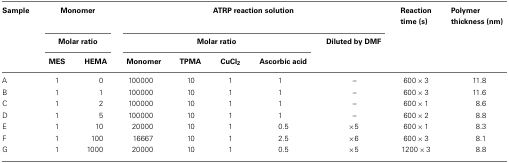
<table><thead><tr><td><b>Sample</b></td><td colspan="2"><b>Monomer</b></td><td colspan="5"><b>ATRP reaction solution</b></td><td><b>Reaction time (s)</b></td><td><b>Polymer thickness (nm)</b></td></tr><tr><td></td><td colspan="2"><b>Molar ratio</b></td><td colspan="4"><b>Molar ratio</b></td><td><b>Diluted by DMF</b></td><td></td></tr><tr><td></td><td><b>MES</b></td><td><b>HEMA</b></td><td><b>Monomer</b></td><td><b>TPMA</b></td><td><b>CuCl<sub>2</sub></b></td><td><b>Ascorbic acid</b></td><td></td></tr></thead><tbody><tr><td>A</td><td>1</td><td>0</td><td>100000</td><td>10</td><td>1</td><td>1</td><td>–</td><td>600 × 3</td><td>11.8</td></tr><tr><td>B</td><td>1</td><td>1</td><td>100000</td><td>10</td><td>1</td><td>1</td><td>–</td><td>600 × 3</td><td>11.6</td></tr><tr><td>C</td><td>1</td><td>2</td><td>100000</td><td>10</td><td>1</td><td>1</td><td>–</td><td>600 × 1</td><td>8.6</td></tr><tr><td>D</td><td>1</td><td>5</td><td>100000</td><td>10</td><td>1</td><td>1</td><td>–</td><td>600 × 2</td><td>8.8</td></tr><tr><td>E</td><td>1</td><td>10</td><td>20000</td><td>10</td><td>1</td><td>0.5</td><td>×5</td><td>600 × 1</td><td>8.3</td></tr><tr><td>F</td><td>1</td><td>100</td><td>16667</td><td>10</td><td>1</td><td>2.5</td><td>×6</td><td>600 × 3</td><td>8.1</td></tr><tr><td>G</td><td>1</td><td>1000</td><td>20000</td><td>10</td><td>1</td><td>0.5</td><td>×5</td><td>1200 × 3</td><td>8.8</td></tr></tbody></table>